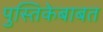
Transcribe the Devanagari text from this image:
पुस्तिकेबाबत